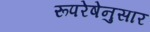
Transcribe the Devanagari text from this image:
रूपरेषेनुसार